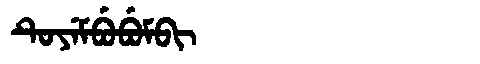
Manchu: ᡨᡠᠶᡝᠮᠪᡠᠪᡠᠮᠪᡳ
Romanization: TUYEMBUBUMBI